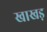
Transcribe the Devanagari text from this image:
खाखड़